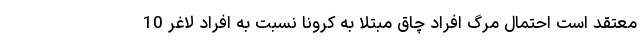
معتقد است احتمال مرگ افراد چاق مبتلا به کرونا نسبت به افراد لاغر 10